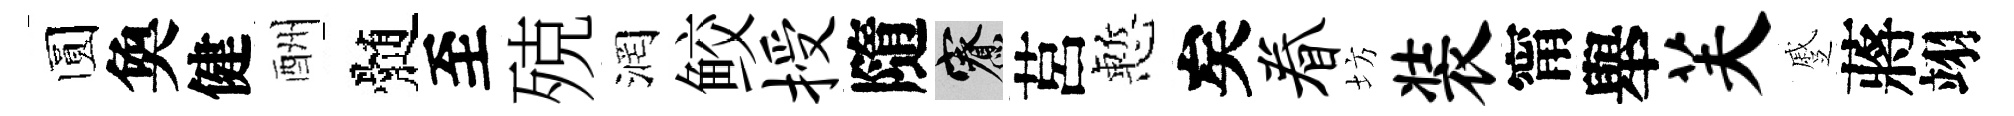
圆奐健酬髄至殑润鲛授隨寮莒慙矣眷坊装甯舉芙蹙蔣翊